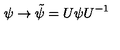
\psi \rightarrow \tilde { \psi } = U \psi U ^ { - 1 }